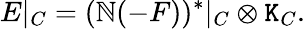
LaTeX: E|_{C}=(\mathbb{N}(-F))^{*}|_{C}\otimes\mathtt{K}_{C}.